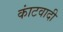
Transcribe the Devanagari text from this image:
कांटवादी